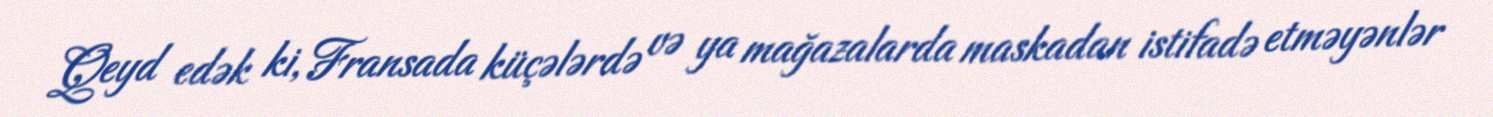
Qeyd edək ki, Fransada küçələrdə və ya mağazalarda maskadan istifadə etməyənlər